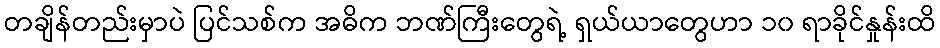
တချိန်တည်းမှာပဲ ပြင်သစ်က အဓိက ဘဏ်ကြီးတွေရဲ့ ရှယ်ယာတွေဟာ ၁၀ ရာခိုင်နှုန်းထိ